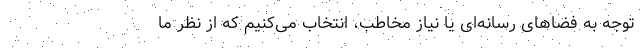
توجه به فضاهای رسانه‌ای یا نیاز مخاطب، انتخاب می‌کنیم که از نظر ما